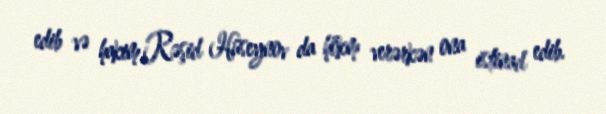
edib və hakim Rəşid Hüseynov da hökm verərkən ona istinad edib.